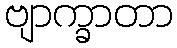
ဗျာက္ခာတာ